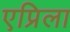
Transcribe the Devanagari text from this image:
एप्रिला